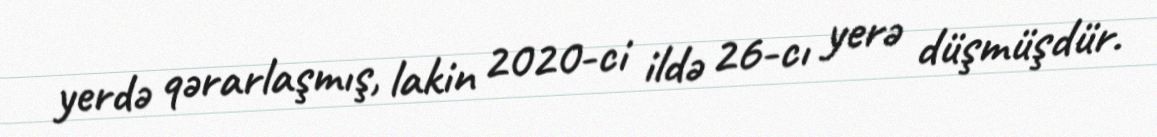
yerdə qərarlaşmış, lakin 2020-ci ildə 26-cı yerə düşmüşdür.